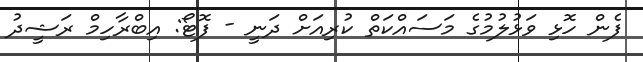
ފެން ހޮޅި ވަޅުލުމުގެ މަސައްކަތް ކުރިއަށް ދަނީ - ފޮޓޯ: އިބްރާހިމް ރަޝީދު